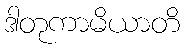
ဒါတုကာမိယာတိ